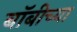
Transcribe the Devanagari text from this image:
बॉबीच्या